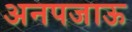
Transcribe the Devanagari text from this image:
अनपजाऊ